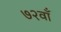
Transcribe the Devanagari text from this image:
७२वाँ